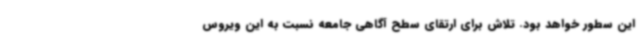
این سطور خواهد بود. تلاش برای ارتقای سطح آگاهی جامعه نسبت به این ویروس